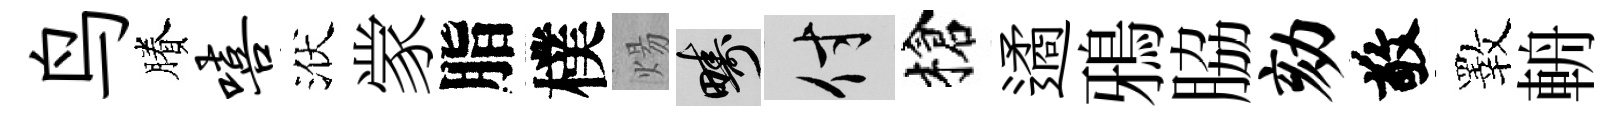
鸟賸嘻洑䝉脂樸煬疇付槍遹鴉脇劾敬斁輈